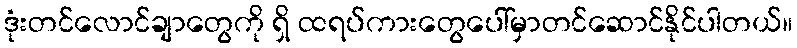
ဒုံးတင်လောင်ချာတွေကို ရှိ ထရပ်ကားတွေပေါ်မှာတင်ဆောင်နိုင်ပါတယ်။